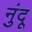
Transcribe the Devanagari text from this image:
नुंदू